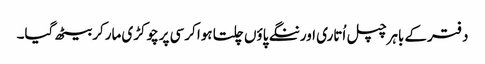
دفترکے باہرچپل اُتاری اورننگے پاؤں چلتا ہوا کرسی پرچوکڑی مارکربیٹھ گیا۔